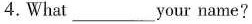
4.What___your name？